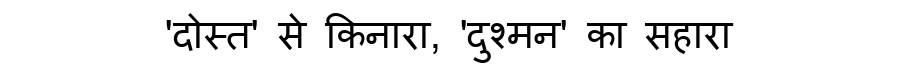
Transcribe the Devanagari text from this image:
'दोस्त' से किनारा, 'दुश्मन' का सहारा